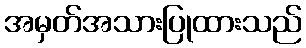
အမှတ်အသားပြုထားသည်